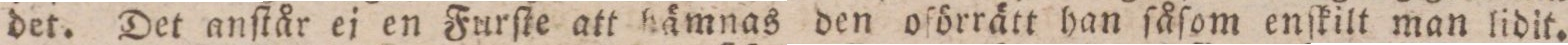
det. Det anſtår ej en Furſte att hämnas den oförrätt han ſåſom enſkilt man lidit.